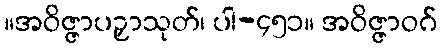
။အဝိဇ္ဇာပဉှာသုတ်၊ ပါ-၄၅၁။ အဝိဇ္ဇာဝဂ်